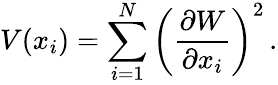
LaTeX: V(x_{i})=\sum_{i=1}^{N}\left(\frac{\partial W}{\partial x_{i}}\right)^{2}\, .